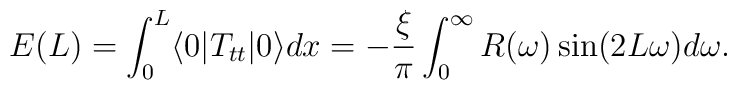
E(L)  =  \int_0^L \langle 0 | T_{tt} | 0 \rangle dx = - {\xi\over\pi}\int_0^\infty R(\omega) \sin(2L\omega) d\omega.